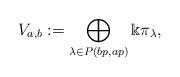
LaTeX: \begin{align*}V_{a,b}:= \bigoplus_{\lambda\in P(bp,ap)}\Bbbk \pi_{\lambda},\end{align*}